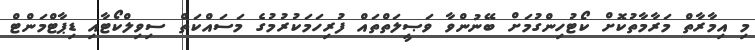
މި އިމާރާތް މަރާމާތުކޮށް ކޯޓުހިންގުމަށް ބޭނުންވާ ވަޞީލަތްތައް ފުރިހަމަކުރުމުގެ މަސައްކަތް ސިވިލްކޯޓާއި ޑިޕާޓްމަންޓް